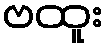
ဗထူး